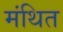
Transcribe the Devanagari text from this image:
मंथित